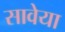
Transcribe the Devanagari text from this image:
सावेया